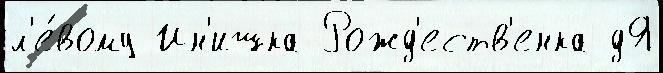
л'е́вому Ин'ишка Рожд'еств'енка дЯ